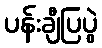
ပန်းချီပြပွဲ